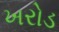
ખરોડ